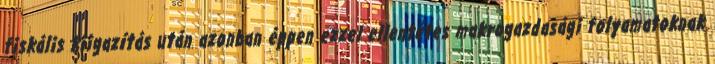
fiskális kiigazítás után azonban éppen ezzel ellentétes makrogazdasági folyamatoknak